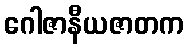
ဂေါဇာနီယဇာတက